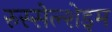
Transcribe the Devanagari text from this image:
रुस्सेल्शेइम